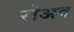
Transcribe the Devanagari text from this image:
रोअद